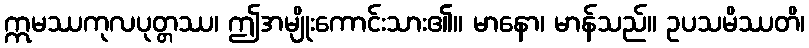
ဣမဿကုလပုတ္တဿ၊ ဤအမျိုးကောင်းသား၏။ မာနော၊ မာန်သည်။ ဥပသမိဿတိ၊